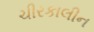
ચીરકાલીન